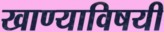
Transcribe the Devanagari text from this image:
खाण्याविषयी